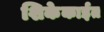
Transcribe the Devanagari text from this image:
शिकेकाईत